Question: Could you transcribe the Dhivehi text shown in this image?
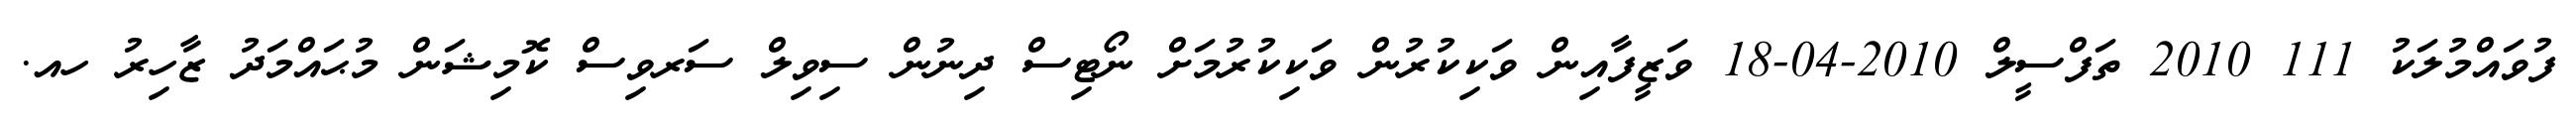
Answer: ފުވައްމުލަކު 111 2010 ތަފްސީލް 2010-04-18 ވަޒީފާއިން ވަކިކުރުން ވަކިކުރުމަށް ނޯޓިސް ދިނުން ސިވިލް ސަރވިސް ކޮމިޝަން މުޙައްމަދު ޒާހިރު ހއ.